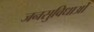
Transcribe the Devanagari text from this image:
जनसुविधाओं